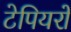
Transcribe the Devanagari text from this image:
टेपियरों